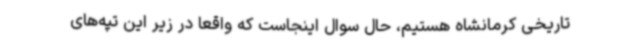
تاریخی کرمانشاه هستیم، حال سوال اینجاست که واقعا در زیر این تپه‌های